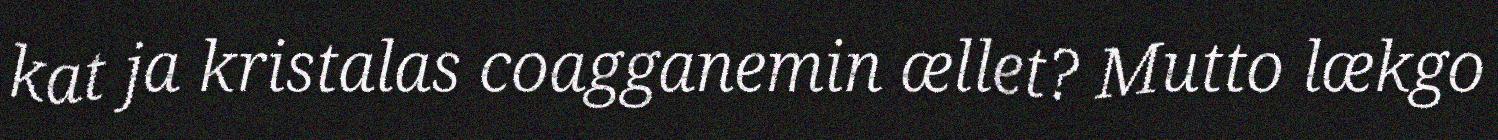
kat ja kristalas coagganemin ællet? Mutto lækgo